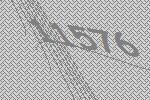
11576